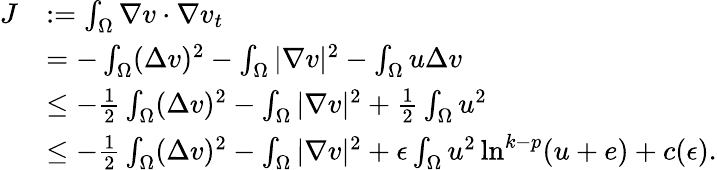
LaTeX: \begin{array}{rl}{J}&{:=\int_{\Omega}\nabla v\cdot\nabla v_{t}}\\ &{=-\int_{\Omega}(\Delta v)^{2}-\int_{\Omega}|\nabla v|^{2}-\int_{\Omega}u\Delta v}\\ &{\leq-\frac{1}{2}\int_{\Omega}(\Delta v)^{2}-\int_{\Omega}|\nabla v|^{2}+\frac{1}{2}\int_{\Omega}u^{2}}\\ &{\leq-\frac{1}{2}\int_{\Omega}(\Delta v)^{2}-\int_{\Omega}|\nabla v|^{2}+\epsilon\int_{\Omega}u^{2}\ln^{k-p}(u+e)+c(\epsilon).}\end{array}